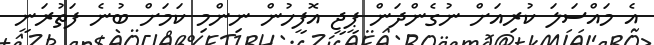
އެ މައްސަލަ ކުރިއަށް ނުގެންދަން ޕީޖީ އޮފީހުން ނިންމި ކަމަށް ބުނެ ފަތުރަނީ